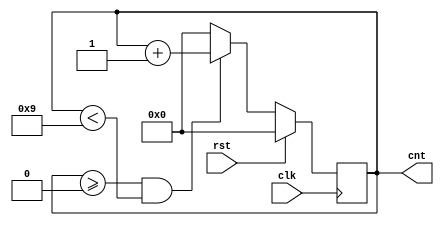
`timescale 1ns / 1ps


module dec_cnt(clk,rst,cnt);
input clk,rst;
output reg [3:0]cnt;
always@(posedge clk)
begin
if (rst)
cnt <= 4'd0;
else if (cnt >= 4'd0 && cnt < 4'd9)
cnt <= cnt + 4'd1;
else
cnt <= 4'd0;
end
endmodule